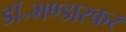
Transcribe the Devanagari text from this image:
डॉ॰भण्डारकर